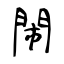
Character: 閙